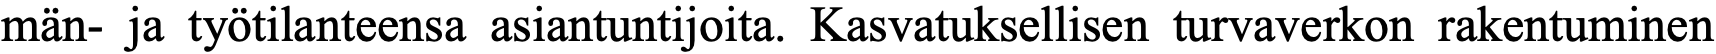
män- ja työtilanteensa asiantuntijoita. Kasvatuksellisen turvaverkon rakentuminen